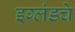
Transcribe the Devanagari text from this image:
इग्लंडचे